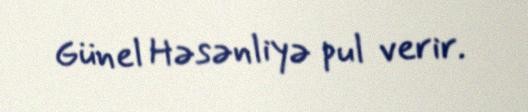
Günel Həsənliyə pul verir.